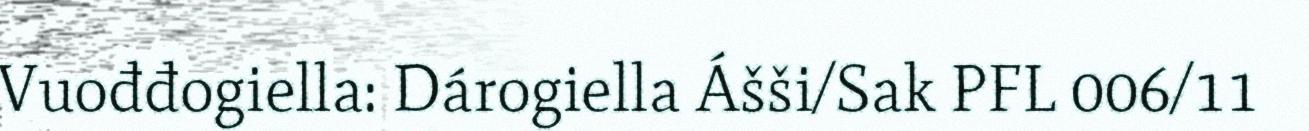
Vuođđogiella: Dárogiella Ášši/Sak PFL 006/11